Annual report on the mental hospital in the Central Provinces and Berar (Nagpur) - 1927-1951
Year: 1927
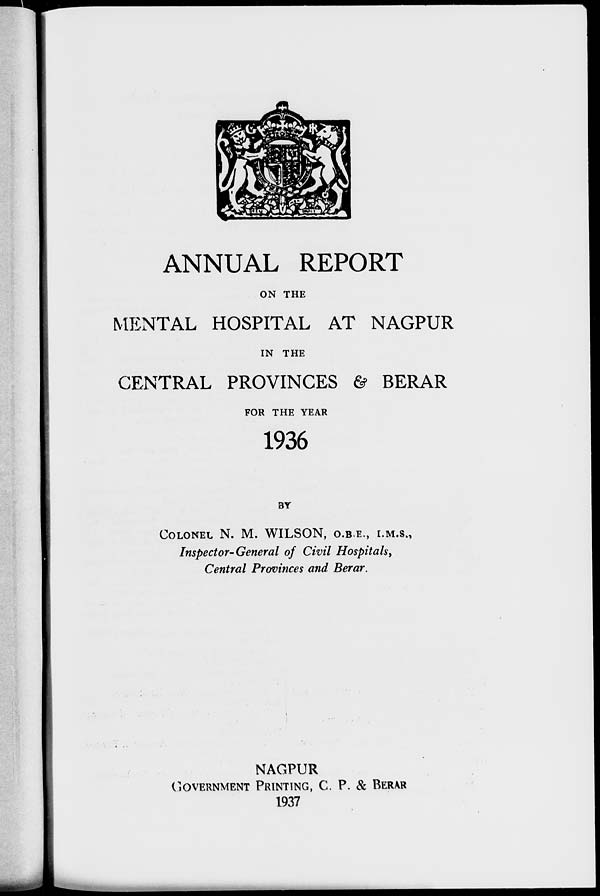
ANNUAL REPORT
ON THE
MENTAL HOSPITAL AT NAGPUR
IN THE
CENTRAL PROVINCES & BERAR
FOR THE YEAR
1936
BY
COLONEL N. M. WILSON, O.B.E., I.M.S.,
Inspector-General of Civil Hospitals,
Central Provinces and Berar.
NAGPUR
GOVERNMENT PRINTING, C. P. & BERAR
1937